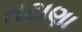
તટાણા